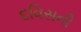
દવિસની